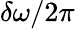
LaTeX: \delta\omega/2\pi